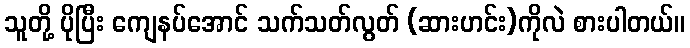
သူတို့ ပိုပြီး ကျေနပ်အောင် သက်သတ်လွတ် (ဆားဟင်း)ကိုလဲ စားပါတယ်။